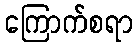
ကြောက်စရာ